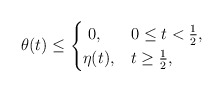
\begin{align*}\ \theta(t)\leq\begin{cases}\ 0, \ &0\leq t<\frac{1}{2},\\\eta(t), &t\geq\frac{1}{2},\end{cases}\end{align*}